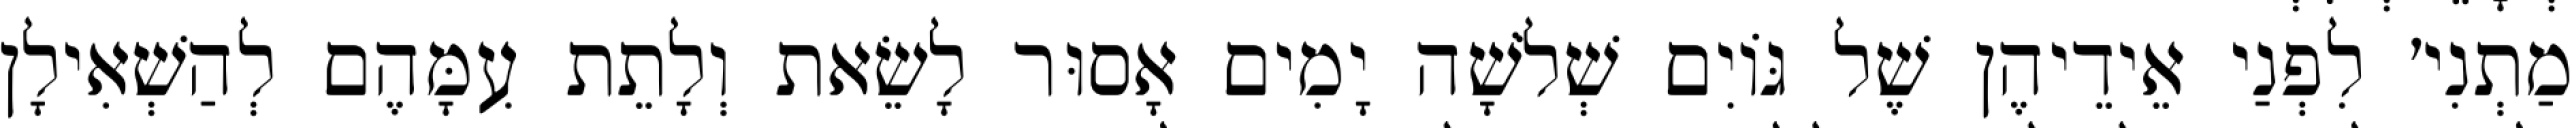
מַתְנִי׳ לִפְנַי אֵידֵיהֶן שֶׁל גּוֹיִם שְׁלֹשָׁה יָמִים אָסוּר לָשֵׂאת וְלָתֵת עִמָּהֶם לְהַשְׁאִילָן